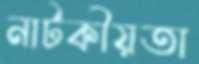
নাটকীয়তা